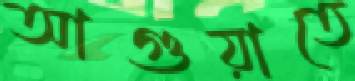
আগুয়াতে